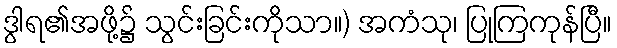
ဒွါရ၏အဖို့၌ သွင်းခြင်းကိုသာ။) အကံသု၊ ပြုကြကုန်ပြီ။